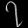
Digit: ၇